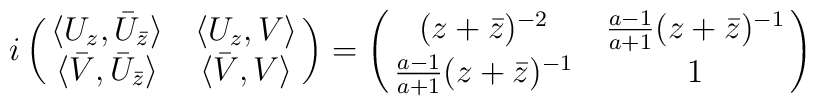
i\pmatrix{\langle U_z ,\bar U_{\bar z}\rangle &\langle U_z ,V\rangle\cr \langle \bar V,\bar U_{\bar z}\rangle&\langle \bar V,V\rangle }= \pmatrix{(z+\bar z)^{-2}&\frac{a-1}{a+1}(z+\bar z)^{-1}\cr\frac{a-1}{a+1}(z+\bar z)^{-1}&1}